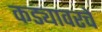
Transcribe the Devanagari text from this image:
कड्यावरचे